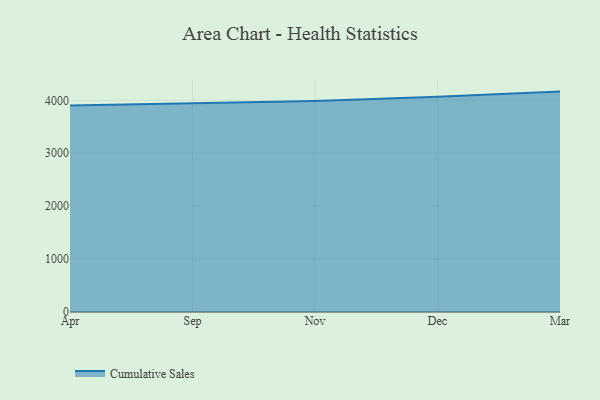
{"axis": {"x": "Month", "y": "Revenue (USD Million)"}, "legend": ["Cumulative Sales"], "data": [{"x": "Apr", "y": 3901.9, "type": "Cumulative Sales"}, {"x": "Sep", "y": 3941.5, "type": "Cumulative Sales"}, {"x": "Nov", "y": 3986.0, "type": "Cumulative Sales"}, {"x": "Dec", "y": 4065.6, "type": "Cumulative Sales"}, {"x": "Mar", "y": 4164.5, "type": "Cumulative Sales"}]}